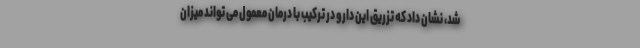
شد، نشان داد که تزریق این دارو در ترکیب با درمان معمول می تواند میزان